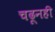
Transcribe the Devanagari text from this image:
चढूनही